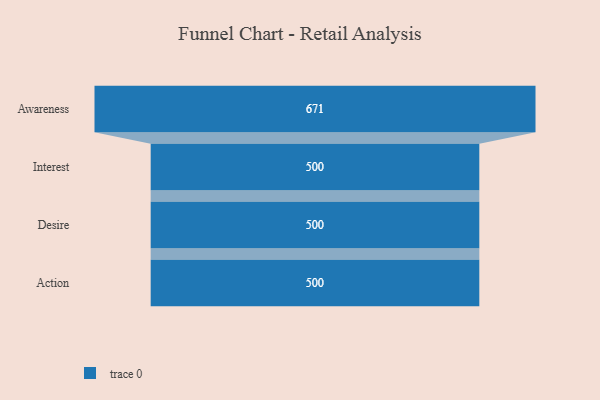
{"axis": {"x": "Stage", "y": "Value"}, "legend": [""], "data": [{"x": "Awareness", "y": 671.0, "type": ""}, {"x": "Interest", "y": 500, "type": ""}, {"x": "Desire", "y": 500, "type": ""}, {"x": "Action", "y": 500, "type": ""}]}